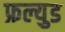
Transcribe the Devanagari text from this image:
फ्रल्युड